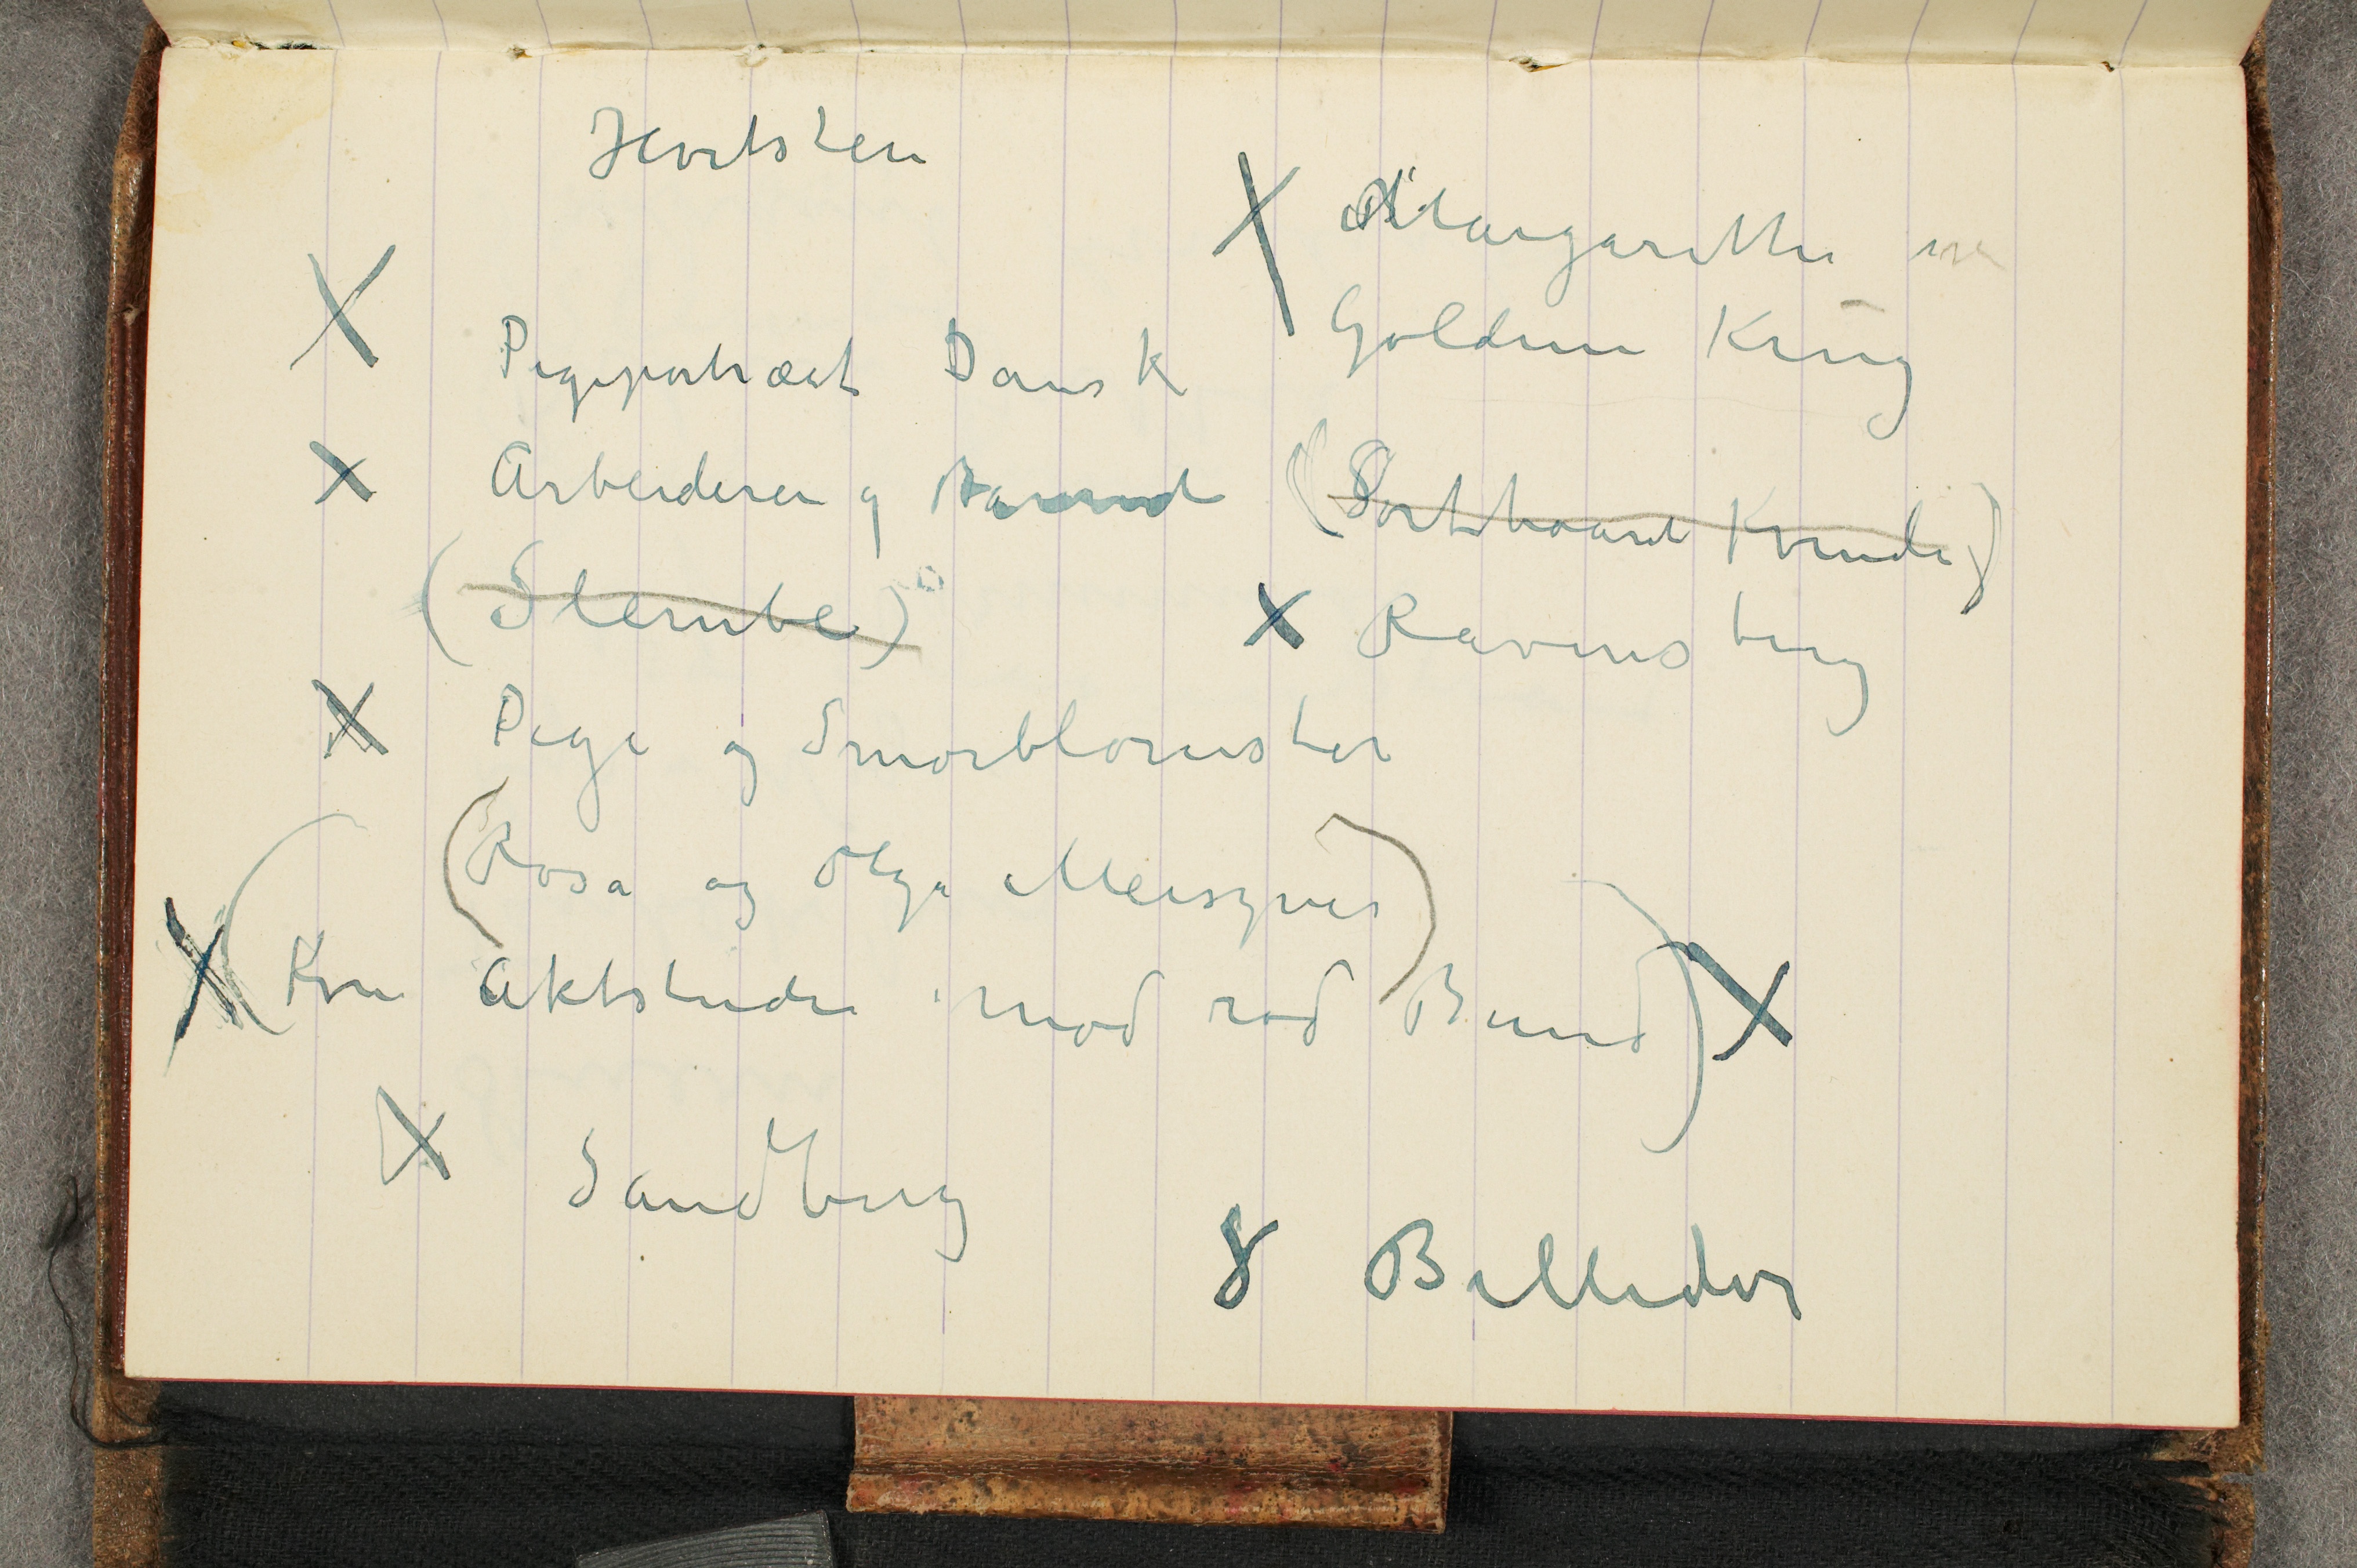
Hvitsten
&#x2713; BMargrethe in
&#x2713; Pigeportæt Dansk
Goldene Krug
(Sorthaaret Kvinde)
&#x2713; Arbeideren og Barnet
(Slembe)
&#x2713; Ravensberg
&#x2713; Pige og Smørblomster
(Rosa og Olga Meiszner)
&#x2713; (Kv. Aktstudie imod rød Bund) &#x2713;
&#x2713; Sandberg
8 Billeder